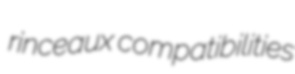
rinceaux compatibilities